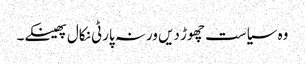
وہ سیاست چھوڑ دیں ورنہ پارٹی نکال پھینکے۔